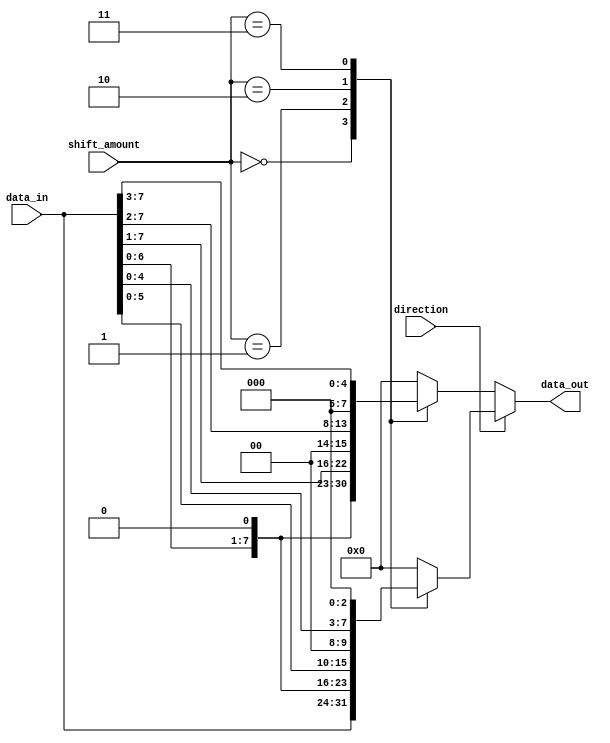
module BarrelShifter (
    input [7:0] data_in,
    input [2:0] shift_amount,
    input direction, // 0 for right shift, 1 for left shift
    output reg [7:0] data_out
);

always @(*) begin
    if (direction == 1) begin // Left shift
        case (shift_amount)
            3'd0: data_out = data_in;
            3'd1: data_out = data_in << 1;
            3'd2: data_out = data_in << 2;
            3'd3: data_out = data_in << 3;
            // Add more cases for larger shift amounts if needed
            default: data_out = 8'b0;
        endcase
    end else begin // Right shift
        case (shift_amount)
            3'd0: data_out = data_in;
            3'd1: data_out = data_in >> 1;
            3'd2: data_out = data_in >> 2;
            3'd3: data_out = data_in >> 3;
            // Add more cases for larger shift amounts if needed
            default: data_out = 8'b0;
        endcase
    end
end

endmodule